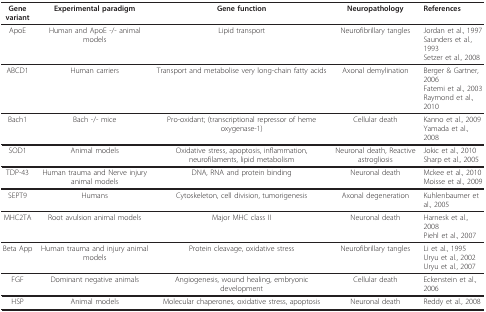
| Gene variant | Experimental paradigm | Gene function | Neuropathology | References |
 | --- | --- | --- | --- | --- |
 | ApoE | Human and ApoE -/- animal models | Lipid transport | Neurofibrillary tangles | Jordan et al., 1997Saunders et al., 1993Setzer et al., 2008 |
 | ABCD1 | Human carriers | Transport and metabolise very long-chain fatty acids | Axonal demylination | Berger & Gartner, 2006Fatemi et al., 2003Raymond et al., 2010 |
 | Bach1 | Bach -/- mice | Pro-oxidant; (transcriptional repressor of heme oxygenase-1) | Cellular death | Kanno et al., 2009Yamada et al., 2008 |
 | SOD1 | Animal models | Oxidative stress, apoptosis, inflammation, neurofilaments, lipid metabolism | Neuronal death, Reactive astrogliosis | Jokic et al., 2010Sharp et al., 2005 |
 | TDP-43 | Human trauma and Nerve injury animal models | DNA, RNA and protein binding | Neuronal death | Mckee et al., 2010Moisse et al., 2009 |
 | SEPT9 | Humans | Cytoskeleton, cell division, tumorigenesis | Axonal degeneration | Kuhlenbaumer et al., 2005 |
 | MHC2TA | Root avulsion animal models | Major MHC class II | Neuronal death | Harnesk et al., 2008Piehl et al., 2007 |
 | Beta App | Human trauma and injury animal models | Protein cleavage, oxidative stress | Neurofibrillary tangles | Li et al., 1995Uryu et al., 2002Uryu et al., 2007 |
 | FGF | Dominant negative animals | Angiogenesis, wound healing, embryonic development | Cellular death | Eckenstein et al., 2006 |
 | HSP | Animal models | Molecular chaperones, oxidative stress, apoptosis | Neuronal death | Reddy et al., 2008 |